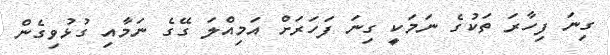
ގިނަ ފިހާރަ ތަކުގެ ނަމަކީ ގިނަ ފަހަރަށް އަމިއްލަ ގޭގެ ނަމާއި ގުޅުވިގެން